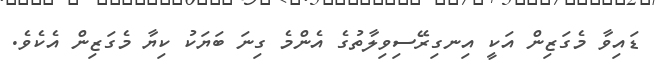
ޑައިވާ މެގަޒިން އަކީ އިނގިރޭސިވިލާތުގެ އެންމެ ގިނަ ބަޔަކު ކިޔާ މެގަޒިން އެކެވެ.